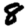
Digit: 8